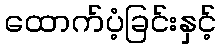
ထောက်ပံ့ခြင်းနှင့်